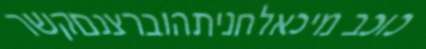
כוכב מיכאלחניתהוברצנםקשר